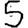
Digit: 5